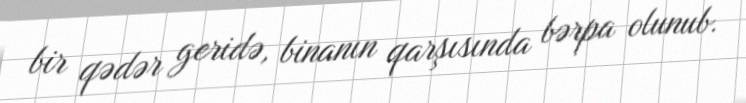
bir qədər geridə, binanın qarşısında bərpa olunub.